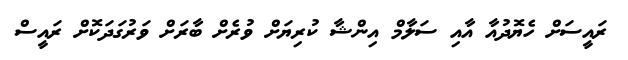
ރައީސަށް ހެޔޮދުއާ އާއި ސަލާމް އިންޝާ ކުރިޔަށް ވުރެށް ބާރަށް ވަރުގަދަކޮށް ރައީސް